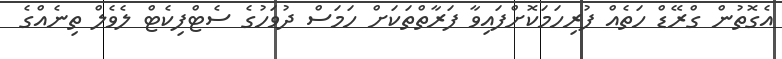
އެގޮތުން ގްރޭޑް ހަތެއް ފުރިހަމަކޮށްފައިވާ ފަރާތްތަކަށް ހަމަސް ދުވަހުގެ ސެޓްފިކެޓް ލެވެލް ތިނެއްގެ